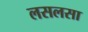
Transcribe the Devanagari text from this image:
लसलसा